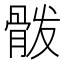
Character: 𲌍